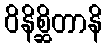
ဝိနိစ္ဆိတာနိ